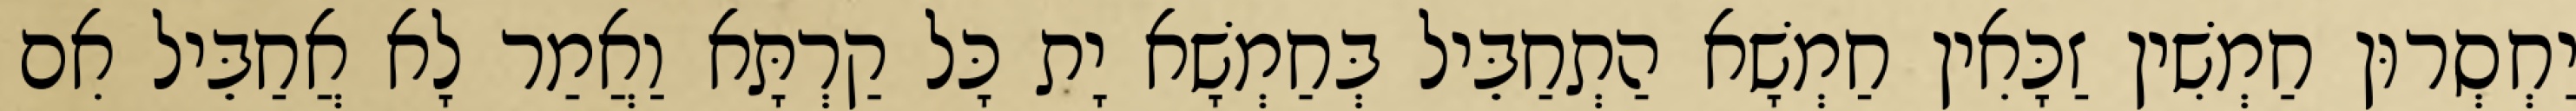
יַחְסְרוּן חַמְשִׁין זַכָּאִין חַמְשָׁא הַתְחַבֵּיל בְּחַמְשָׁא יָת כָּל קַרְתָּא וַאֲמַר לָא אֲחַבֵּיל אִם